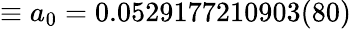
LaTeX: \equiv a_{0}=0.0529177210903(80)